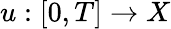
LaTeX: u:[0,T]\to X